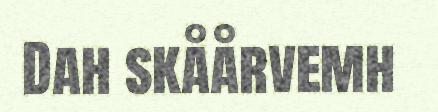
Dah skåårvemh